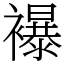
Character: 襮